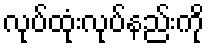
လုပ်ထုံးလုပ်နည်းကို